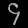
Digit: ၄